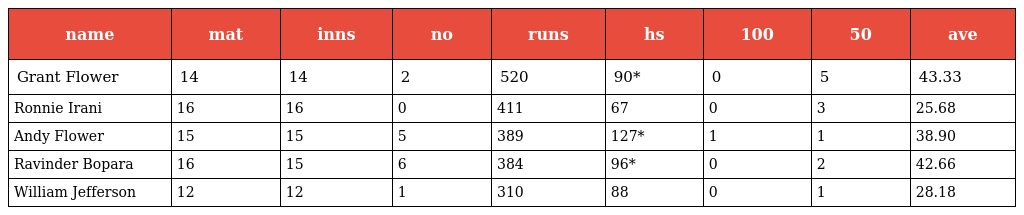
| name | mat | inns | no | runs | hs | 100 | 50 | ave |
 | --- | --- | --- | --- | --- | --- | --- | --- | --- |
 | Grant Flower | 14 | 14 | 2 | 520 | 90* | 0 | 5 | 43.33 |
 | Ronnie Irani | 16 | 16 | 0 | 411 | 67 | 0 | 3 | 25.68 |
 | Andy Flower | 15 | 15 | 5 | 389 | 127* | 1 | 1 | 38.90 |
 | Ravinder Bopara | 16 | 15 | 6 | 384 | 96* | 0 | 2 | 42.66 |
 | William Jefferson | 12 | 12 | 1 | 310 | 88 | 0 | 1 | 28.18 |